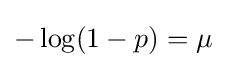
-\log(1-p)=\mu